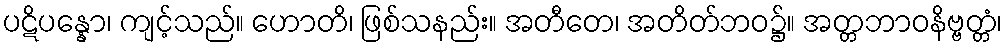
ပဋိပန္နော၊ ကျင့်သည်။ ဟောတိ၊ ဖြစ်သနည်း။ အတီတေ၊ အတိတ်ဘဝ၌။ အတ္တဘာဝနိဗ္ဗတ္တံ၊